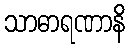
သာဓာရဏာနိ